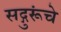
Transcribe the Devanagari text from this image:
सद्गुरूंचे